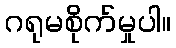
ဂရုမစိုက်မှုပါ။